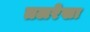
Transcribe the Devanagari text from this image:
तलरेखा